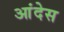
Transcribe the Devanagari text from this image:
आंदेस